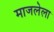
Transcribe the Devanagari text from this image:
माजलेला